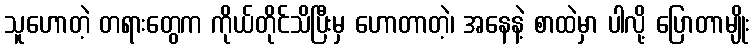
သူဟောတဲ့ တရားတွေက ကိုယ်တိုင်သိပြီးမှ ဟောတာတဲ့၊ အနေနဲ့ စာထဲမှာ ပါလို့ ပြောတာမျိုး